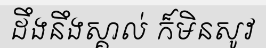
ដឹងនឹងស្គាល់ ក៏មិនសូវ